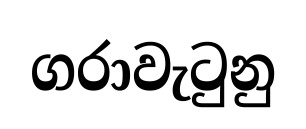
ගරාවැටුනු